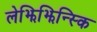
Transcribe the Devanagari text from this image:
लेझिझिन्स्कि